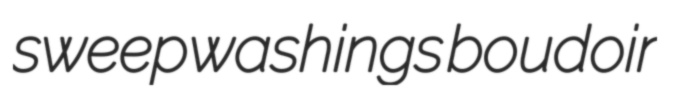
sweepwashings boudoir